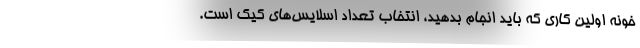
خونه اولین کاری که باید انجام بدهید، انتخاب تعداد اسلایس‌های کیک است.